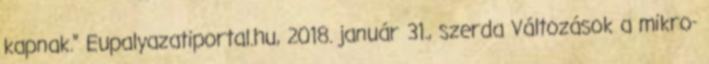
kapnak." Eupalyazatiportal.hu, 2018. január 31., szerda Változások a mikro-